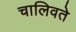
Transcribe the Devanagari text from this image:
चालिवते